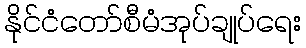
နိုင်ငံတော်စီမံအုပ်ချုပ်ရေး